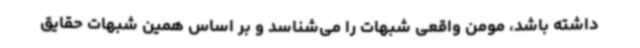
داشته باشد، مومن واقعی شبهات را می‌شناسد و بر اساس همین شبهات حقایق